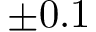
\pm 0 . 1